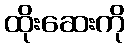
ထိုးဆေးကို